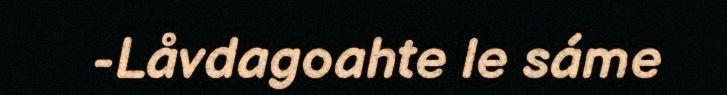
-Låvdagoahte le sáme